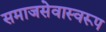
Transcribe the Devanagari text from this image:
समाजसेवास्वरूप